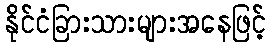
နိုင်ငံခြားသားများအနေဖြင့်